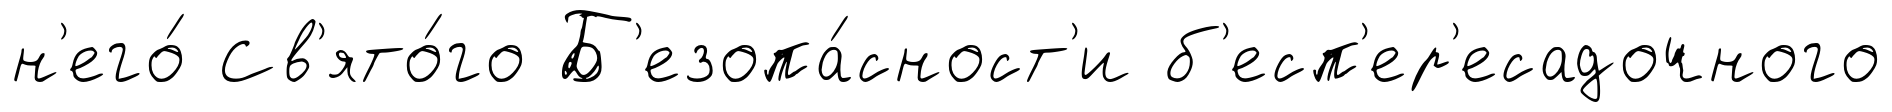
н'его́ Св'ято́го Б'езопа́сност'и б'есп'ер'есадочного